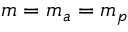
m = m _ { a } = m _ { p }